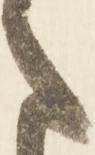
ま